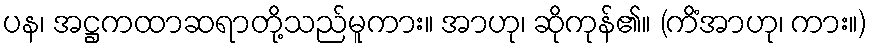
ပန၊ အဋ္ဌကထာဆရာတို့သည်မူကား။ အာဟု၊ ဆိုကုန်၏။ (ကိံအာဟု၊ ကား။)